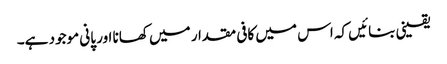
یقینی بنائیں کہ اس میں کافی مقدار میں کھانا اور پانی موجود ہے۔